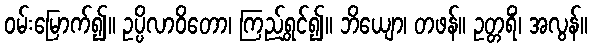
ဝမ်းမြောက်၍။ ဥပ္ပိလာဝိတော၊ ကြည်ရွှင်၍။ ဘိယျော၊ တဖန်။ ဥတ္တရိံ၊ အလွန်။